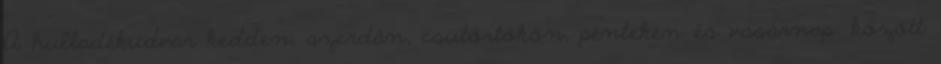
A hulladékudvar kedden, szerdán, csütörtökön, pénteken és vasárnap: között